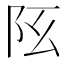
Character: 𨸞